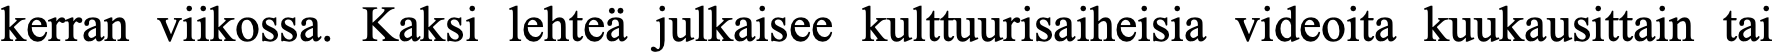
kerran viikossa. Kaksi lehteä julkaisee kulttuurisaiheisia videoita kuukausittain tai